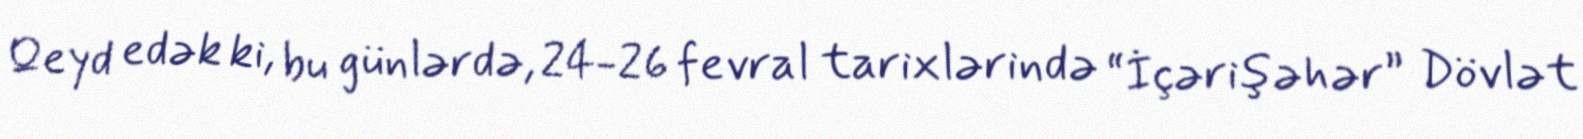
Qeyd edək ki, bu günlərdə, 24-26 fevral tarixlərində “İçərişəhər” Dövlət